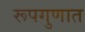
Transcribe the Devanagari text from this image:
रूपगुणात